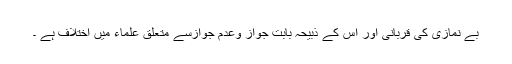
بے نمازی کی قربانی اور اس کے ذبیحہ بابت جواز وعدم جوازسے متعلق علماء میں اختلاف ہے ۔